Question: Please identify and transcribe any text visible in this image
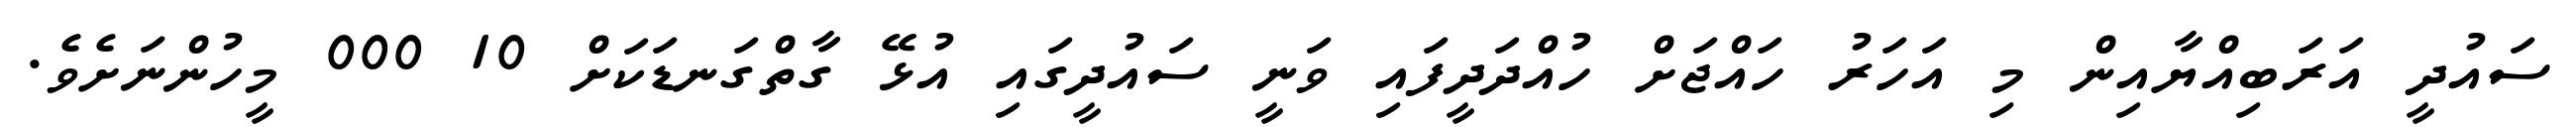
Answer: ސައުދީ އަރަބިއްޔާއިން މި އަހަރު ހައްޖަށް ހުއްދަދީފައި ވަނީ ސައުދީގައި އުޅޭ ގާތްގަނޑަކަށް 10 000 މީހުންނަށެވެ.